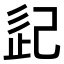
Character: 𢀽